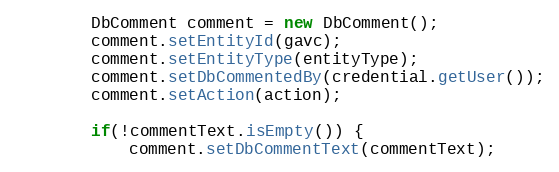
Language: Java
        DbComment comment = new DbComment();
        comment.setEntityId(gavc);
        comment.setEntityType(entityType);
        comment.setDbCommentedBy(credential.getUser());
        comment.setAction(action);

        if(!commentText.isEmpty()) {
            comment.setDbCommentText(commentText);